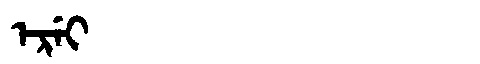
Manchu: ᡝᡵᡝᡳ
Romanization: EREI